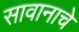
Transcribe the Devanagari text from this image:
सावानाचे